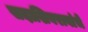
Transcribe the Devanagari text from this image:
सदाशिवरावांचे